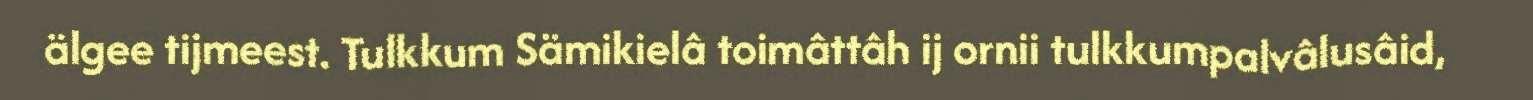
älgee tijmeest. Tulkkum Sämikielâ toimâttâh ij ornii tulkkumpalvâlusâid,